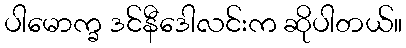
ပါမောက္ခ ဒင်နီဒေါလင်းက ဆိုပါတယ်။